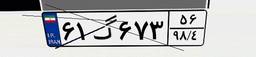
۶۱گ۶۷۳۵۶